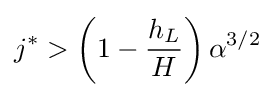
j^{*}>{\left(1-{\frac {h_{L}}{H}}\right)\alpha ^{3/2}}